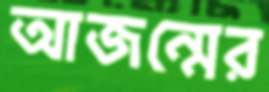
আজন্মের